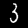
Label: 3